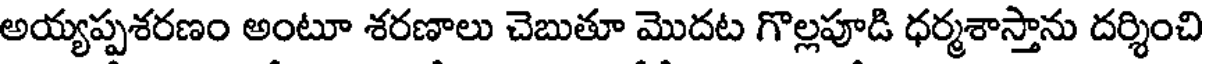
అయ్యప్పశరణం అంటూ శరణాలు చెబుతూ మొదట గొల్లపూడి ధర్మశాస్తాను దర్శించి